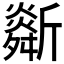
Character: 𣃌